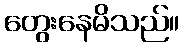
တွေးနေမိသည်။